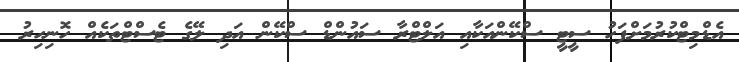
އެޑްމިޓްކުުރުމަށްފަހު ސީޓީ ސްކޭންއަކާއި އަލްޓްރާ ސައުންޑް ސްކޭން އަދި ލޭގެ ޓެސްޓްތަކެއް ހޮނިހިރުު